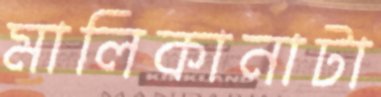
মালিকানাটা